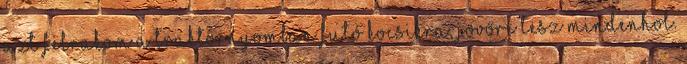
azt felrakom a traktornyomban futó kocsikra, jövőre lesz mindenhol.